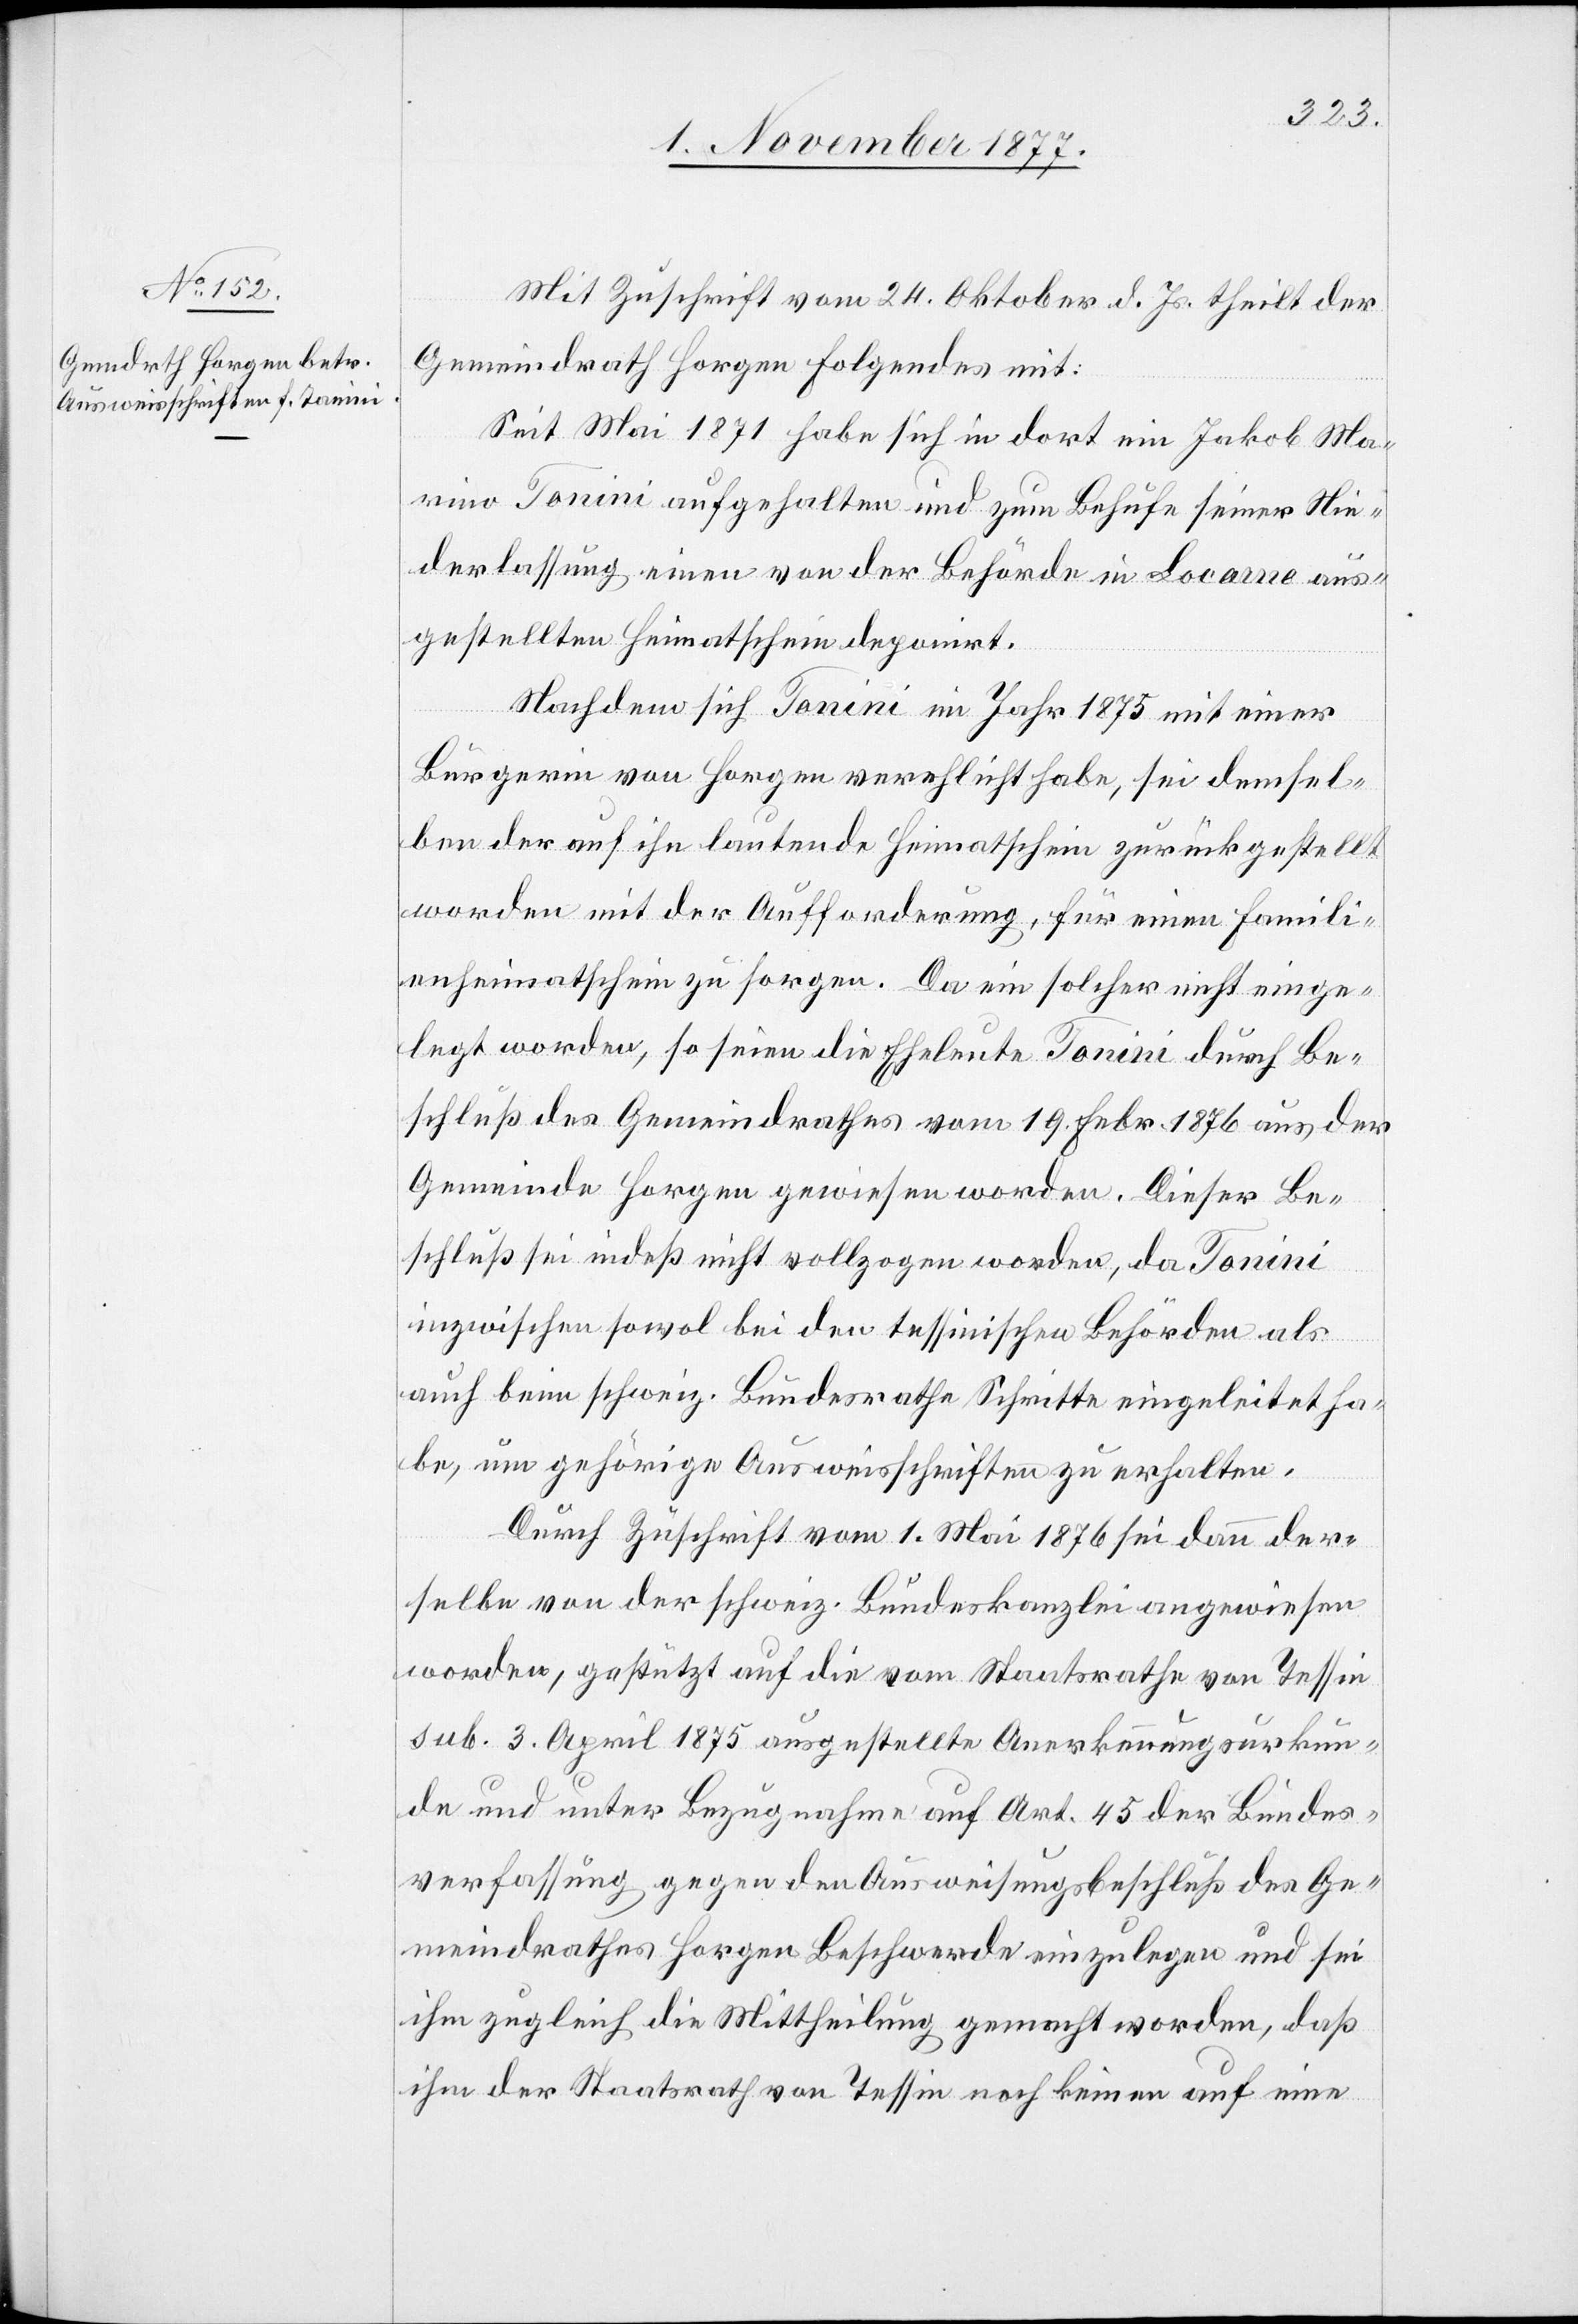
Mit Zuschrift vom 24. Oktober d. Js. theilt der
Gemeindrath Horgen Folgendes mit:
Seit Mai 1871 habe sich in dort ein Jakob Ma¬
rino Tonini [sic!] aufgehalten und zum Behufe seiner Nie¬
derlassung einen von der Behörde in Locarno aus¬
gestellten Heimatschein deponirt.
Nachdem sich Tonini im Jahr 1875 mit einer
Bürgerin von Horgen verehlicht habe, sei demsel¬
ben der auf ihn lautende Heimatschein zurückgestellt
worden mit der Aufforderung, für einen Famili¬
enheimatschein zu sorgen. Da ein solcher nicht einge¬
legt worden, so seien die Eheleute Tonini durch Be¬
schluß des Gemeindrathes vom 19. Febr. 1876 aus der
Gemeinde Horgen gewiesen worden. Dieser Be¬
schluß sei indeß nicht vollzogen worden, da Tonini
inzwischen sowol bei den tessinischen Behörden als
auch beim schweiz. Bundesrathe Schritte eingeleitet ha¬
be, um gehörige Ausweisschriften zu erhalten.
Durch Zuschrift vom 1. Mai 1876 sei dann der¬
selbe von der schweiz. Bundeskanzlei angewiesen
worden, gestützt auf die vom Staatsrathe von Tessin
sub. 3. April 1875 ausgestellte Anerkennungsurkun¬
de und unter Bezugnahme auf Art. 45 der Bundes¬
verfassung gegen den Ausweisungsbeschluß des Ge¬
meindrathes Horgen Beschwerde einzulegen und sei
ihm zugleich die Mittheilung gemacht worden, daß
ihm der Staatsrath von Tessin noch keinen auf eine